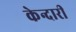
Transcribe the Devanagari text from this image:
केन्दारी